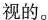
视的。